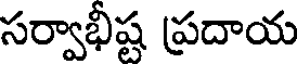
సర్వాభీష్ట ప్రదాయ